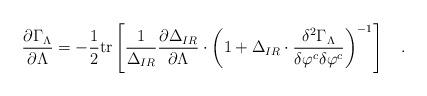
LaTeX: \begin{align*}{\partial\Gamma_\Lambda\over\partial\Lambda}=-{1\over2}{\rm tr}\left[{1\over\Delta_{IR}}{\partial\Delta_{IR}\over\partial\Lambda}\cdot\left(1+\Delta_{IR}\cdot{\delta^2\Gamma_\Lambda\over\delta\varphi^c\delta\varphi^c}\right)^{-1}\right]\quad.\end{align*}